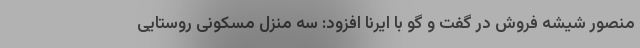
منصور شیشه فروش در گفت و گو با ایرنا افزود: سه منزل مسکونی روستایی